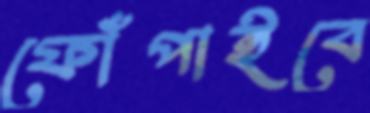
ফোঁপাইবে